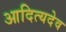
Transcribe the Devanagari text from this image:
आदित्यदेव